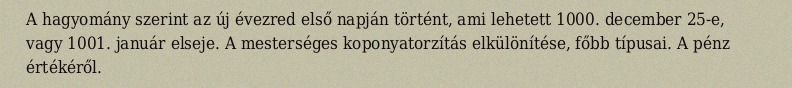
A hagyomány szerint az új évezred első napján történt, ami lehetett 1000. december 25-e, vagy 1001. január elseje. A mesterséges koponyatorzítás elkülönítése, főbb típusai. A pénz értékéről.